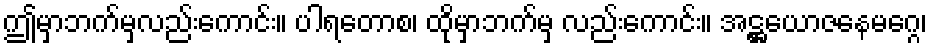
ဤမှာဘက်မှလည်းကောင်း။ ပါရတောစ၊ ထိုမှာဘက်မှ လည်းကောင်း။ အဋ္ဌယောဇနေမဂ္ဂေ၊